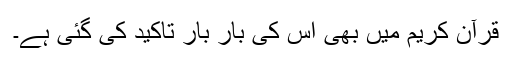
قرآنِ کریم میں بھی اس کی بار بار تاکید کی گئی ہے۔